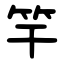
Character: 竿